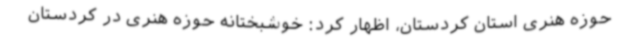
حوزه هنری استان کردستان، اظهار کرد: خوشبختانه حوزه هنری در کردستان